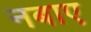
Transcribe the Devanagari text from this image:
नबाए